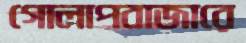
গোলাপবাজারে